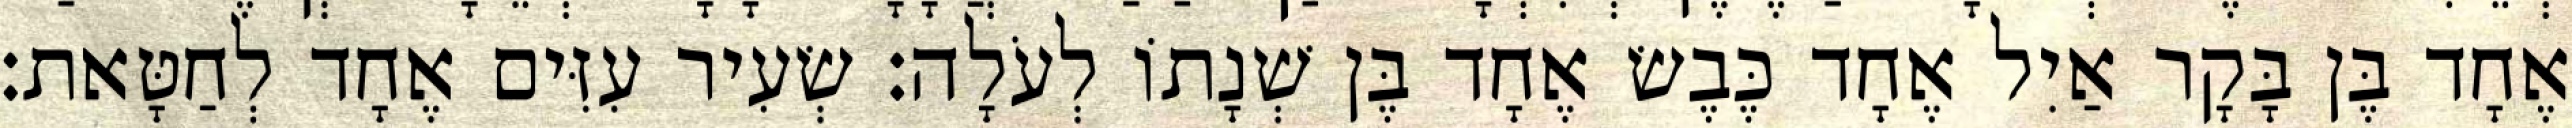
אֶחָד בֶּן בָּקָר אַיִל אֶחָד כֶּבֶשׂ אֶחָד בֶּן שְׁנָתוֹ לְעֹלָה׃ שְׂעִיר עִזִּים אֶחָד לְחַטָּאת׃